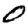
Digit: 0